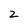
Character: 2